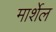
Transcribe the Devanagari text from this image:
मार्शेल